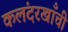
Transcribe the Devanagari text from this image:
कलंदरखाँची